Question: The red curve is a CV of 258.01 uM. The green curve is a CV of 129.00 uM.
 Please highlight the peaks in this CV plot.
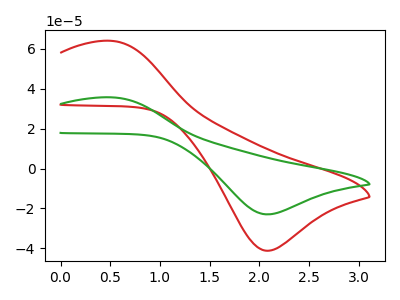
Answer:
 <answer>The red curve "258.01 uM" has an anodic peak at (0.50V, 63.95uA) and a cathodic peak at (2.05V, -41.20uA). The green curve "129.00 uM" has an anodic peak at (0.50V, 35.65uA) and a cathodic peak at (2.05V, -22.95uA).</answer>
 <eval></eval>